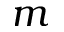
m